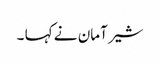
شیر آمان نے کہا ۔